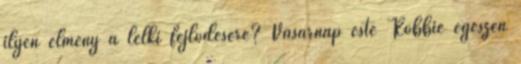
ilyen élmény a lelki fejlődésére? Vasárnap este Robbie egészen